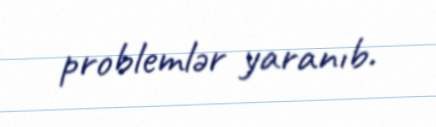
problemlər yaranıb.